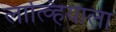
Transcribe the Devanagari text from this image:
लात्व्हियाला